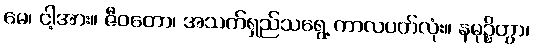
မေ၊ ငါ့အား။ ဇီဝတော၊ အသက်ရှည်သရွေ့ ကာလပတ်လုံး။ နမုဉ္စိတွာ၊